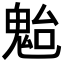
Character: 𩲥